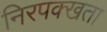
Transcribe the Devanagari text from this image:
निरपक्खता